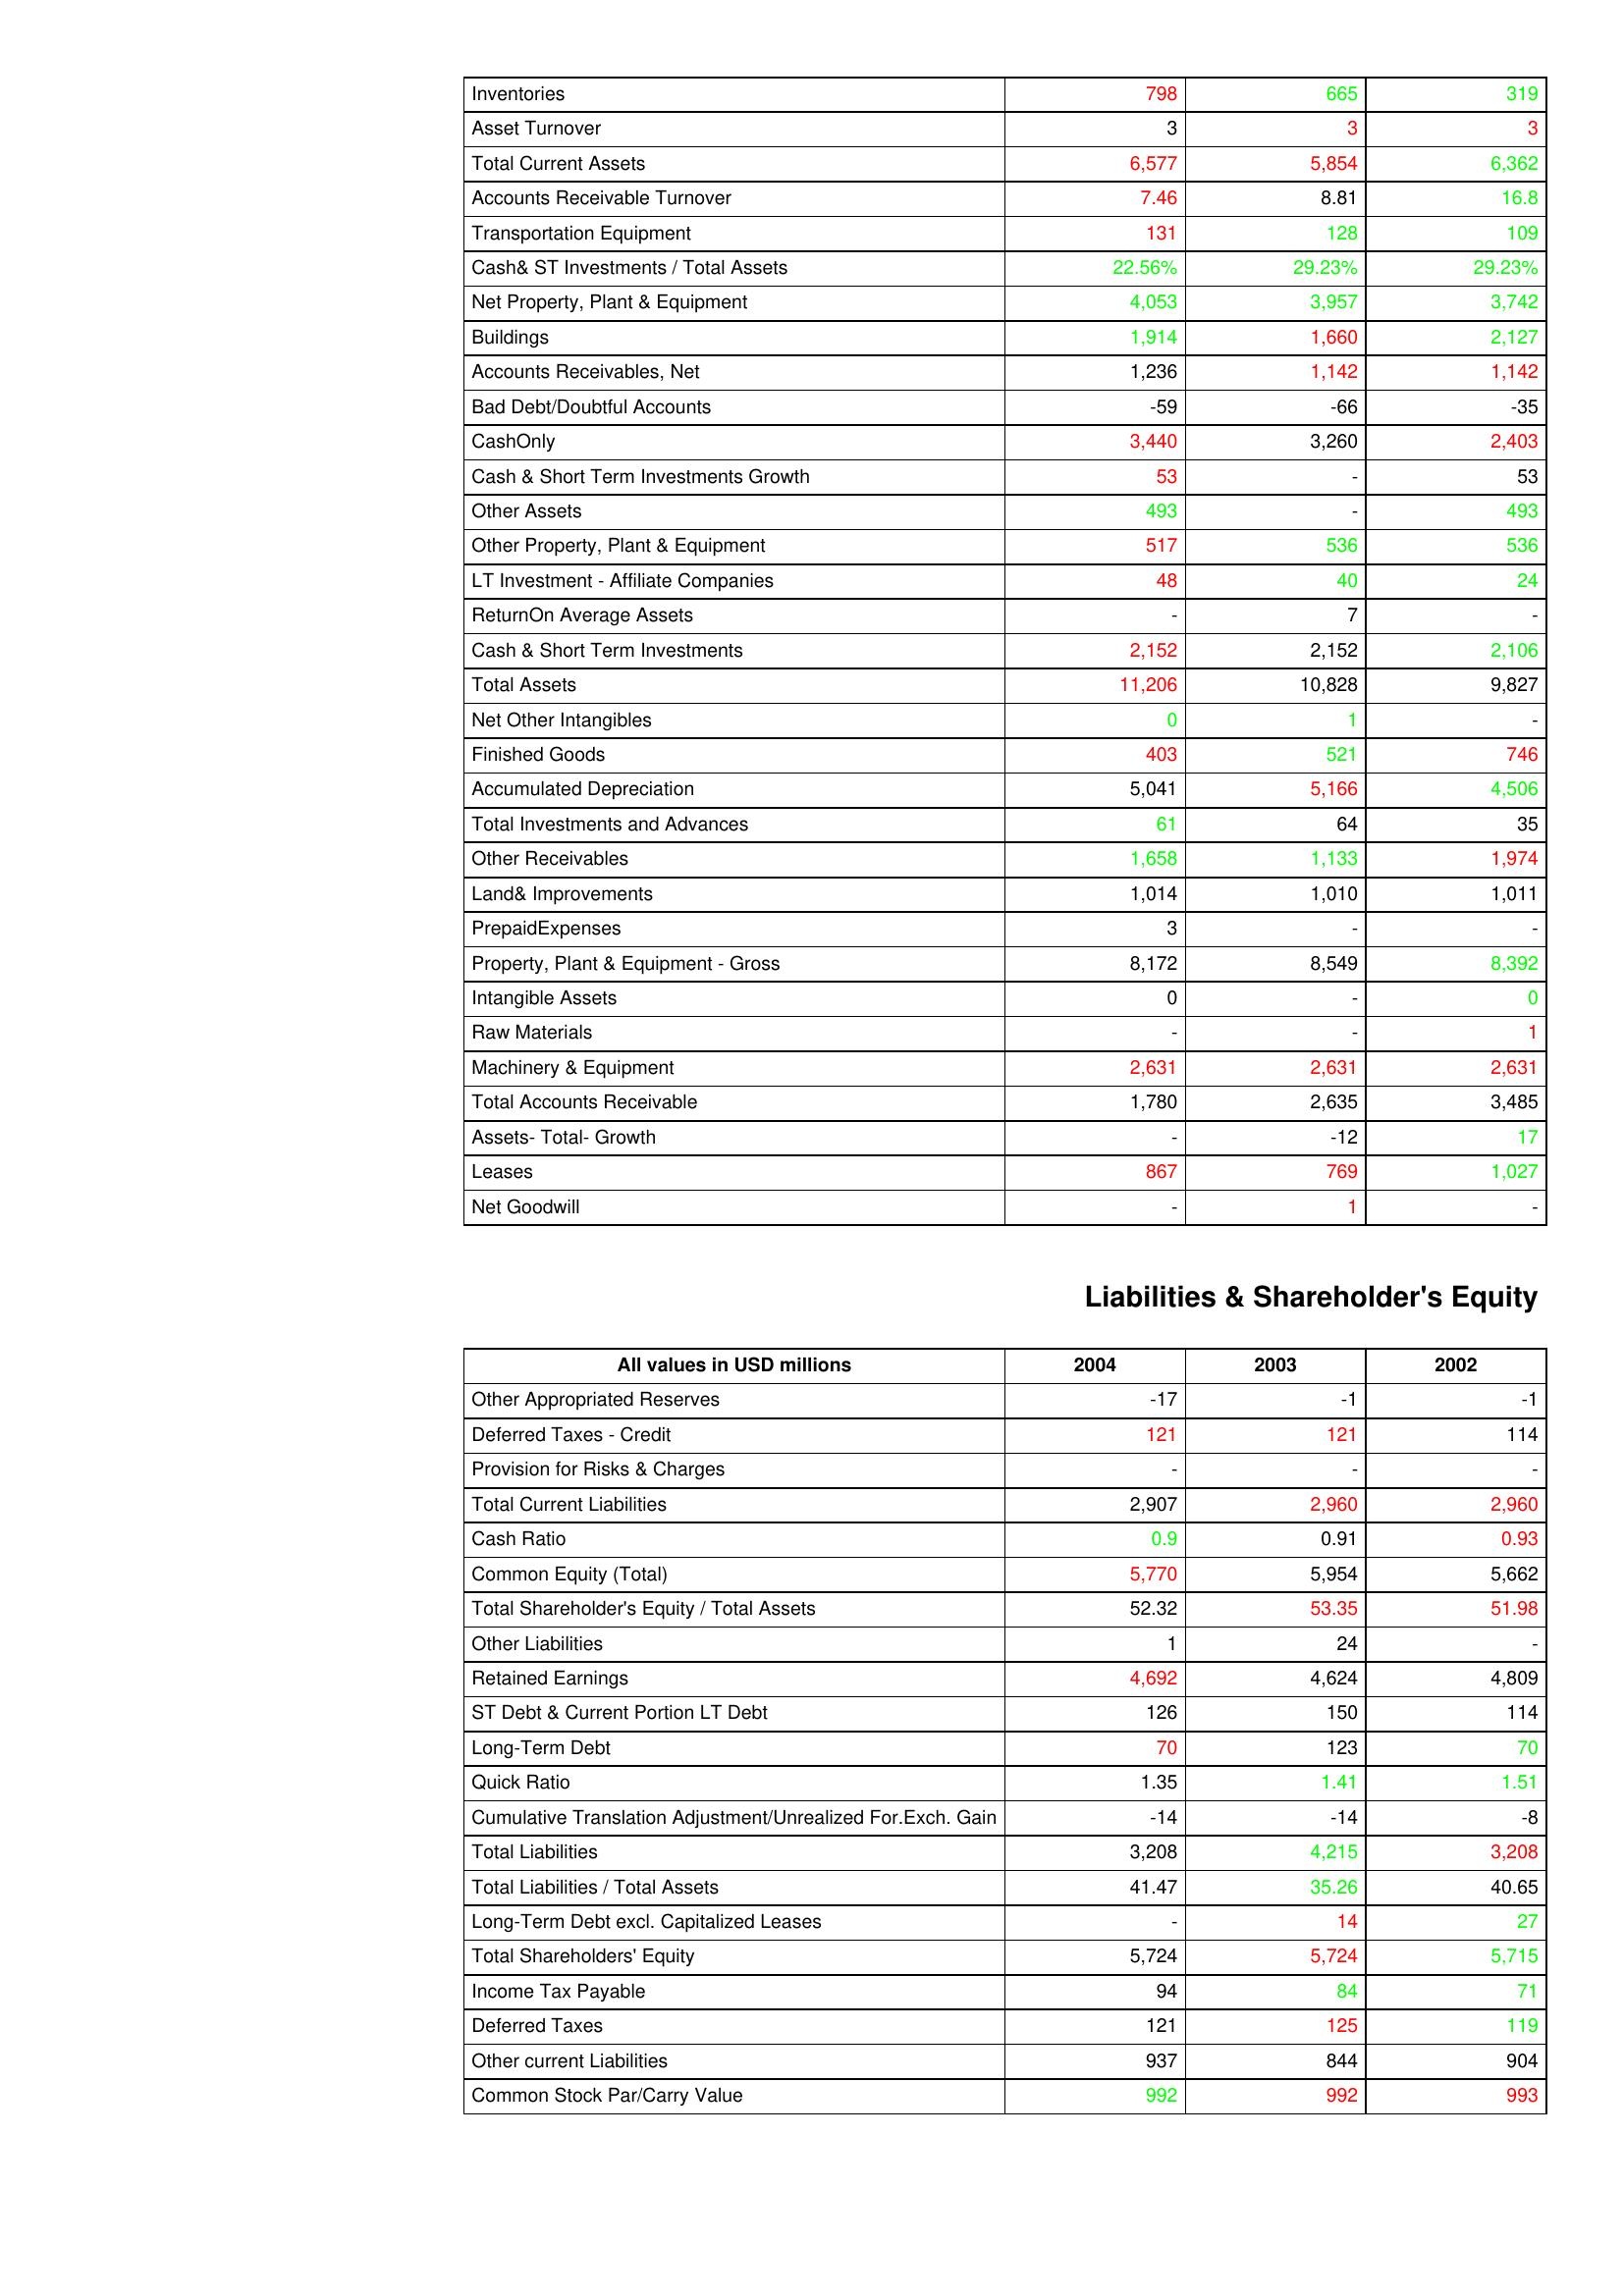
gt_parse: 2004: Assets: Inventories: 798
Asset Turnover: 3
Total Current Assets: 6,577
Accounts Receivable Turnover: 7.46
Transportation Equipment: 131
Cash& ST Investments / Total Assets: 22.56%
Net Property, Plant & Equipment: 4,053
Buildings: 1,914
Accounts Receivables, Net: 1,236
Bad Debt/Doubtful Accounts: -59
CashOnly: 3,440
Cash & Short Term Investments Growth: 53
Other Assets: 493
Other Property, Plant & Equipment: 517
LT Investment - Affiliate Companies: 48
ReturnOn Average Assets: -
Cash & Short Term Investments: 2,152
Total Assets: 11,206
Net Other Intangibles: 0
Finished Goods: 403
Accumulated Depreciation: 5,041
Total Investments and Advances: 61
Other Receivables: 1,658
Land& Improvements: 1,014
PrepaidExpenses: 3
Property, Plant & Equipment - Gross : 8,172
Intangible Assets: 0
Raw Materials: -
Machinery & Equipment: 2,631
Total Accounts Receivable: 1,780
Assets- Total- Growth: -
Leases: 867
Net Goodwill: -
Liabilities & Shareholder's Equity: Other Appropriated Reserves: -17
Deferred Taxes - Credit: 121
Provision for Risks & Charges: -
Total Current Liabilities: 2,907
Cash Ratio: 0.9
Common Equity (Total): 5,770
Total Shareholder's Equity / Total Assets: 52.32
Other Liabilities: 1
Retained Earnings: 4,692
ST Debt & Current Portion LT Debt: 126
Long-Term Debt: 70
Quick Ratio: 1.35
Cumulative Translation Adjustment/Unrealized For.Exch. Gain: -14
Total Liabilities: 3,208
Total Liabilities / Total Assets: 41.47
Long-Term Debt excl. Capitalized Leases: -
Total Shareholders' Equity: 5,724
Income Tax Payable: 94
Deferred Taxes: 121
Other current Liabilities: 937
Common Stock Par/Carry Value: 992
2003: Assets: Inventories: 665
Asset Turnover: 3
Total Current Assets: 5,854
Accounts Receivable Turnover: 8.81
Transportation Equipment: 128
Cash& ST Investments / Total Assets: 29.23%
Net Property, Plant & Equipment: 3,957
Buildings: 1,660
Accounts Receivables, Net: 1,142
Bad Debt/Doubtful Accounts: -66
CashOnly: 3,260
Cash & Short Term Investments Growth: -
Other Assets: -
Other Property, Plant & Equipment: 536
LT Investment - Affiliate Companies: 40
ReturnOn Average Assets: 7
Cash & Short Term Investments: 2,152
Total Assets: 10,828
Net Other Intangibles: 1
Finished Goods: 521
Accumulated Depreciation: 5,166
Total Investments and Advances: 64
Other Receivables: 1,133
Land& Improvements: 1,010
PrepaidExpenses: -
Property, Plant & Equipment - Gross : 8,549
Intangible Assets: -
Raw Materials: -
Machinery & Equipment: 2,631
Total Accounts Receivable: 2,635
Assets- Total- Growth: -12
Leases: 769
Net Goodwill: 1
Liabilities & Shareholder's Equity: Other Appropriated Reserves: -1
Deferred Taxes - Credit: 121
Provision for Risks & Charges: -
Total Current Liabilities: 2,960
Cash Ratio: 0.91
Common Equity (Total): 5,954
Total Shareholder's Equity / Total Assets: 53.35
Other Liabilities: 24
Retained Earnings: 4,624
ST Debt & Current Portion LT Debt: 150
Long-Term Debt: 123
Quick Ratio: 1.41
Cumulative Translation Adjustment/Unrealized For.Exch. Gain: -14
Total Liabilities: 4,215
Total Liabilities / Total Assets: 35.26
Long-Term Debt excl. Capitalized Leases: 14
Total Shareholders' Equity: 5,724
Income Tax Payable: 84
Deferred Taxes: 125
Other current Liabilities: 844
Common Stock Par/Carry Value: 992
2002: Assets: Inventories: 319
Asset Turnover: 3
Total Current Assets: 6,362
Accounts Receivable Turnover: 16.8
Transportation Equipment: 109
Cash& ST Investments / Total Assets: 29.23%
Net Property, Plant & Equipment: 3,742
Buildings: 2,127
Accounts Receivables, Net: 1,142
Bad Debt/Doubtful Accounts: -35
CashOnly: 2,403
Cash & Short Term Investments Growth: 53
Other Assets: 493
Other Property, Plant & Equipment: 536
LT Investment - Affiliate Companies: 24
ReturnOn Average Assets: -
Cash & Short Term Investments: 2,106
Total Assets: 9,827
Net Other Intangibles: -
Finished Goods: 746
Accumulated Depreciation: 4,506
Total Investments and Advances: 35
Other Receivables: 1,974
Land& Improvements: 1,011
PrepaidExpenses: -
Property, Plant & Equipment - Gross : 8,392
Intangible Assets: 0
Raw Materials: 1
Machinery & Equipment: 2,631
Total Accounts Receivable: 3,485
Assets- Total- Growth: 17
Leases: 1,027
Net Goodwill: -
Liabilities & Shareholder's Equity: Other Appropriated Reserves: -1
Deferred Taxes - Credit: 114
Provision for Risks & Charges: -
Total Current Liabilities: 2,960
Cash Ratio: 0.93
Common Equity (Total): 5,662
Total Shareholder's Equity / Total Assets: 51.98
Other Liabilities: -
Retained Earnings: 4,809
ST Debt & Current Portion LT Debt: 114
Long-Term Debt: 70
Quick Ratio: 1.51
Cumulative Translation Adjustment/Unrealized For.Exch. Gain: -8
Total Liabilities: 3,208
Total Liabilities / Total Assets: 40.65
Long-Term Debt excl. Capitalized Leases: 27
Total Shareholders' Equity: 5,715
Income Tax Payable: 71
Deferred Taxes: 119
Other current Liabilities: 904
Common Stock Par/Carry Value: 993